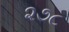
૨૭૮